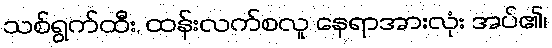
သစ်ရွက်ထီး, ထန်းလက်စလူ နေရာအားလုံး အပ်၏၊